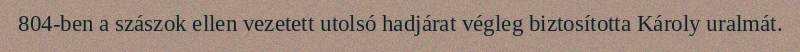
804-ben a szászok ellen vezetett utolsó hadjárat végleg biztosította Károly uralmát.